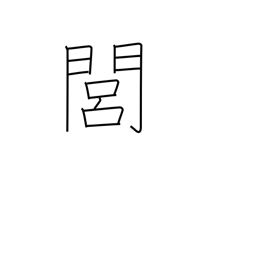
Meaning: rural area